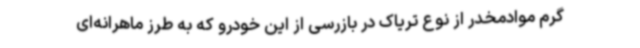
گرم موادمخدر از نوع تریاک در بازرسی از این خودرو که به طرز ماهرانه‌ای